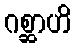
ဂစ္ဆာဟိ